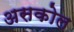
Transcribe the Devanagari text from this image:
असकोल